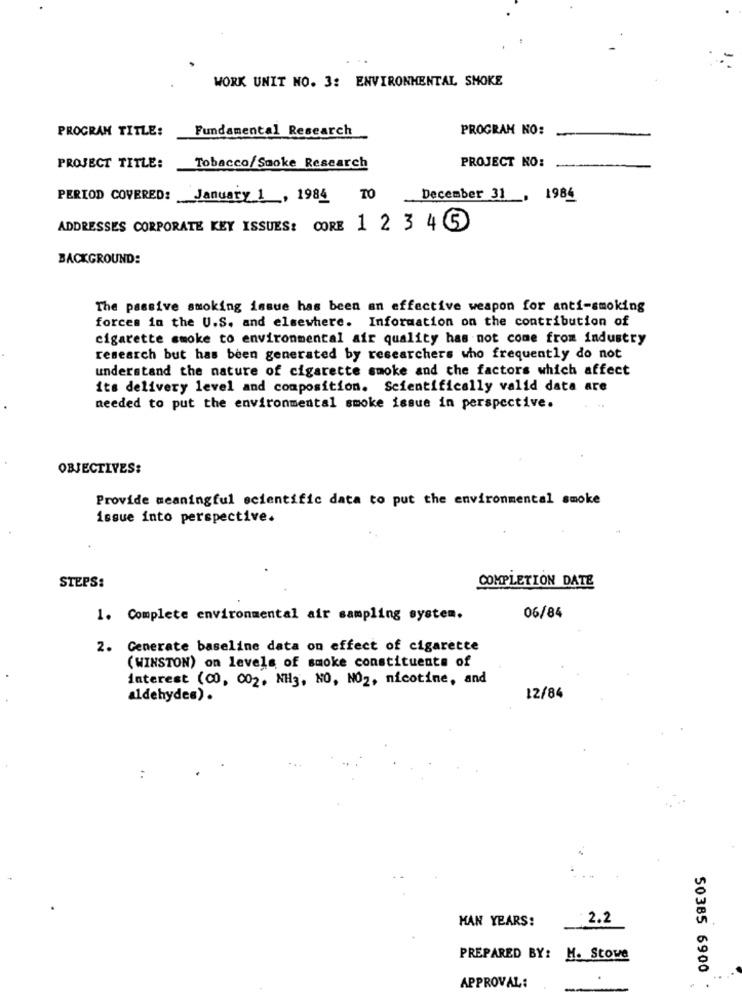
WORK UNIT NO. 3: ENVIRONMENTAL SHOKE
PROGRAM TITLE:
Fundamental Research
PROGRAM NO:
PROJECT NO:
PROJECT TITLE:
Tobacco/Smoke Research
PERIOD COVERED:
January 1 , 1984 TO
December 31 , 1984
ADDRESSES CORPORATE KEY ISSUES: CORE 123 45
BACKGROUND:
The passive smoking issue has been an effective weapon for anti-smoking
forces in the U.S. and elsewhere. Information on the contribution of
cigarette smoke to environmental air quality has not come from industry
research but has been generated by researchers who frequently do not
understand the nature of cigarette smoke and the factors which affect
its delivery level and composition. Scientifically valid data are
needed to put the environmental smoke issue in perspective.
OBJECTIVES:
Provide meaningful scientific data to put the environmental smoke
issue into perspective.
STEPS:
COMPLETION DATE
1. Complete environmental air sampling system.
06/84
2. Generate baseline data on effect of cigarette
(WINSTON) on levels of smoke constituents of
interest (00, 002, NH3, NO, NO2, nicotine, and
aldehydes).
12/84
:
MAN YEARS:
2.2
PREPARED BY: H. Stowe
50385 6900
APPROVAL:
-